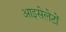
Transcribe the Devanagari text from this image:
आइसेलेटों